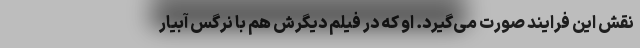
نقش این فرایند صورت می‌گیرد. او که در فیلم دیگرش هم با نرگس آبیار